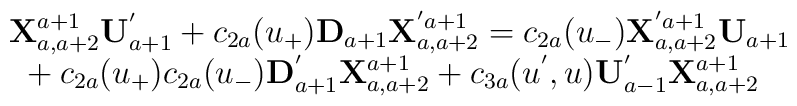
\begin{array}{l}{\bf X}^{a+1}_{a,a+2}{\bf U}^{'}_{a+1}+c_{2a}(u_{+}){\bf D}_{a+1}{\bf X}^{'a+1}_{a,a+2}=c_{2a}(u_{-}){\bf X}^{'a+1}_{a,a+2}{\bf U}_{a+1}\\\mbox{ }+c_{2a}(u_{+})c_{2a}(u_{-}){\bf D}^{'}_{a+1}{\bf X}^{a+1}_{a,a+2}+c_{3a}(u^{'},u){\bf U}_{a-1}^{'}{\bf X}^{a+1}_{a,a+2}\end{array}